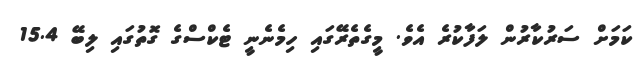
ކަމަށް ސަރުކާރުން ލަފާކުރެ އެވެ. މީގެތެރޭގައި ހިމެނެނީ ޓެކްސްގެ ގޮތުގައި ލިބޭ 15.4